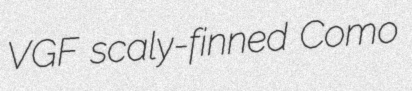
VGF scaly-finned Como